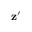
\mathbf { z } ^ { \prime }